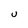
Character: U